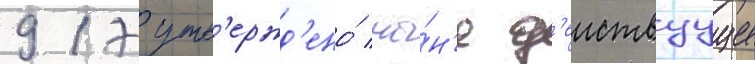
917 утв'ержд'ено́ ны́н'е д'еиствуущее